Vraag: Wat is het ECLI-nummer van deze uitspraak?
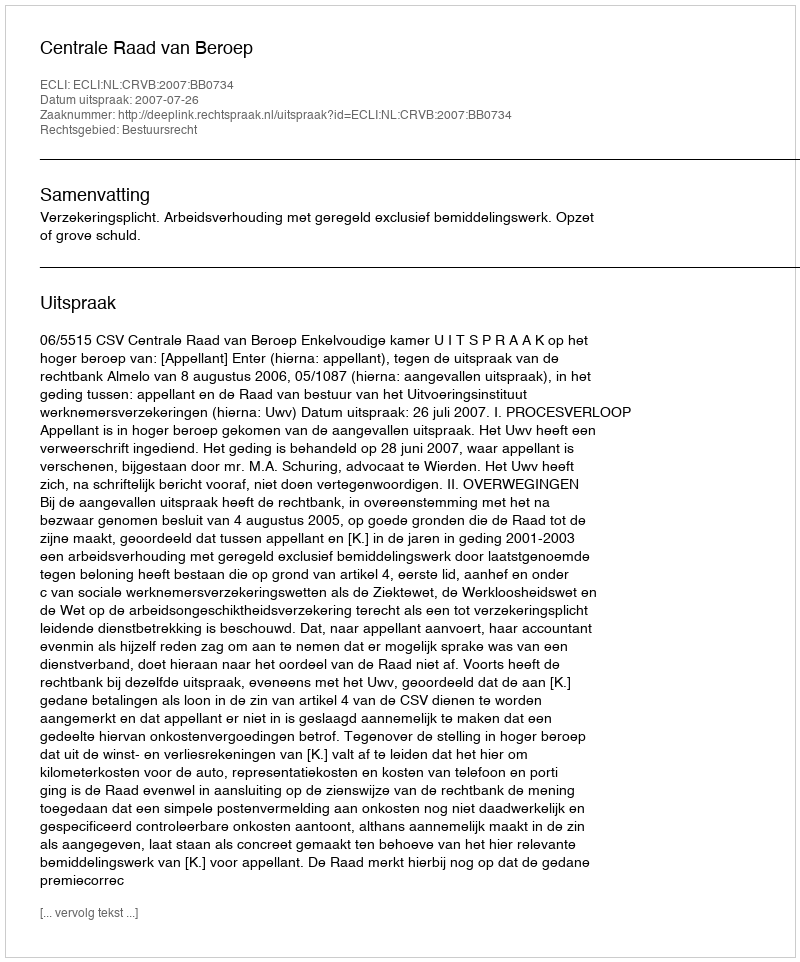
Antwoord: ECLI:NL:CRVB:2007:BB0734